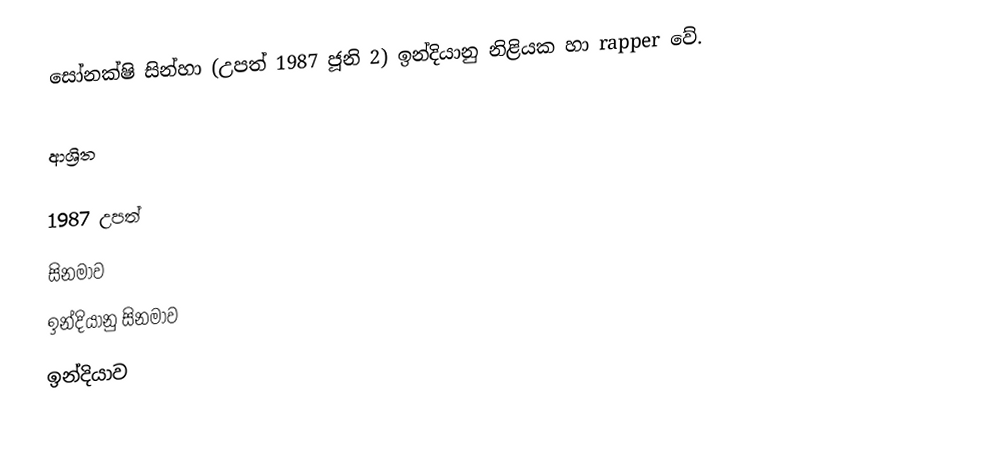
සෝනක්ෂි සින්හා (උපත් 1987 ජූනි 2) ඉන්දියානු නිළියක හා rapper වේ.

ආශ්‍රිත

1987 උපත්
සිනමාව
ඉන්දියානු සිනමාව
ඉන්දියාව